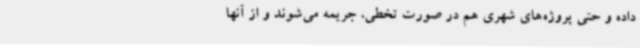
داده و حتی پروژه‌های شهری هم در صورت تخطی، جریمه می‌شوند و از آنها